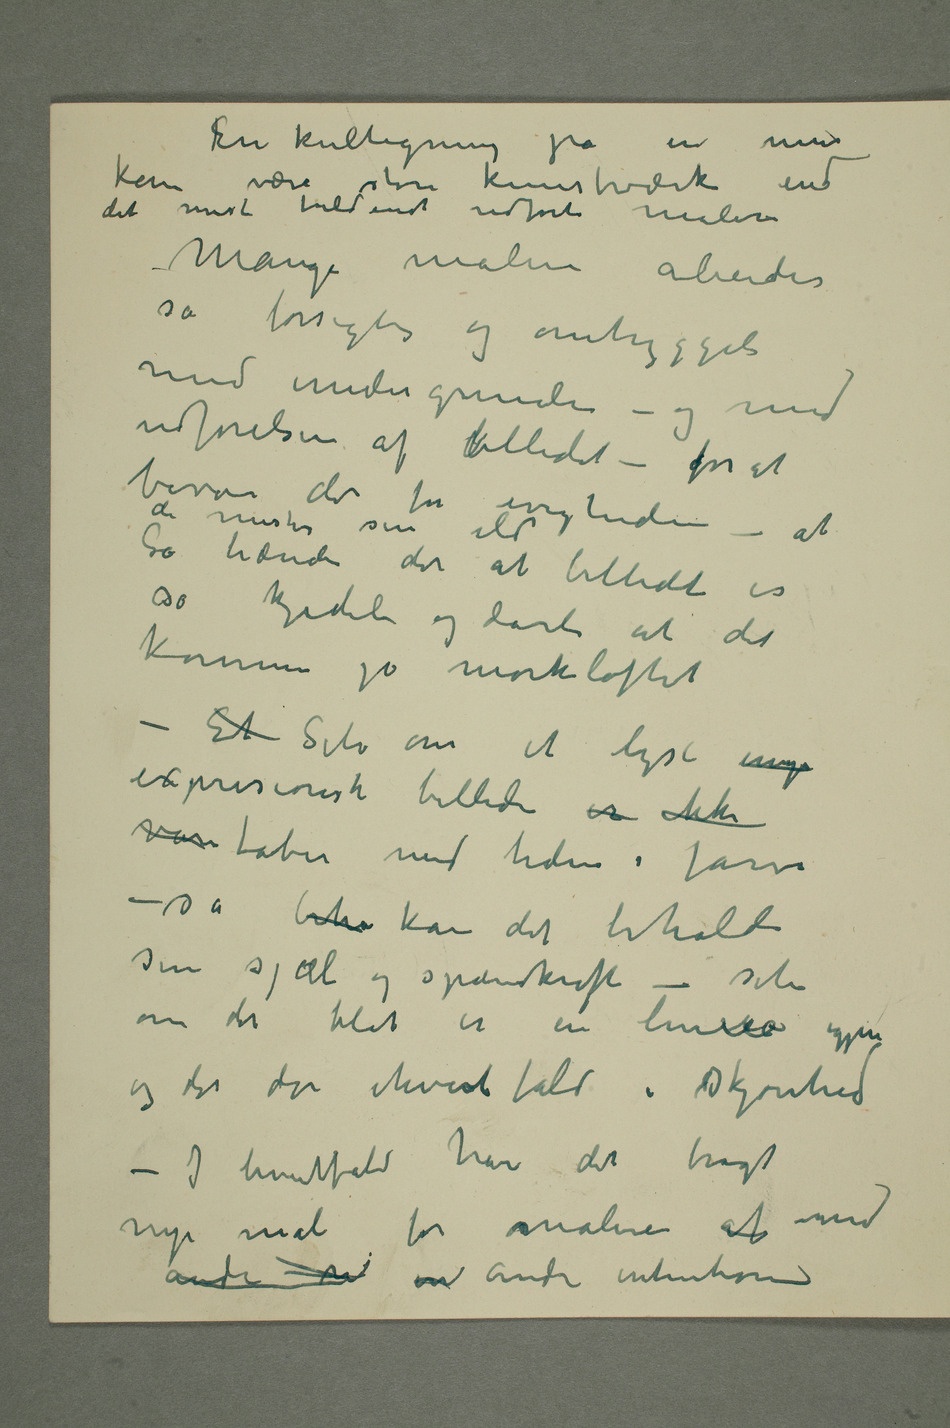
En kultegning på en mur
kan være større kunstværk
Mange malere arbeider
så forsigtig og omhyggeli
med undergrunden – og med
udførelsen af billedet – for at
bevare det for evigheden – at
de mister sin
Så hænder det at billedet er
så kjedeli og dårli at det
kommer
på mørkeloftet
expresionistisk billede er ikke
var taber med tiden i farve
– så beho kan det beholde
sin sjæl og spændkraft – selv
om det blot er en linie igjen
og det dør ihvertfald i skjønhed
– I hvertfald har det bragt
nye mål for malere af med
andre n m andre intentioner